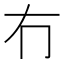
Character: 冇